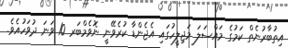
އިތުބާރުނެތް ކަމުގެ މައްސަލަ މަޖިލީހުގައި އެޖެންޑާ ކުރެވޭނީ ނޮވެމްބަރ 10 ވަނަ ދުވަހުއެވެ.